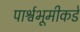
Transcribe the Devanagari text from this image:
पार्श्वभूमीकडे